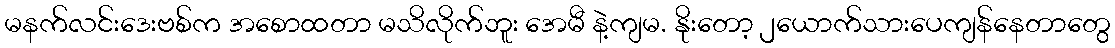
မနက်လင်းဒေးဗစ်က အစောထတာ မသိလိုက်ဘူး အေမီ နဲ့ကျမ. နိုးတော့ ၂ယောက်သားပေကျန်နေတာတွေ